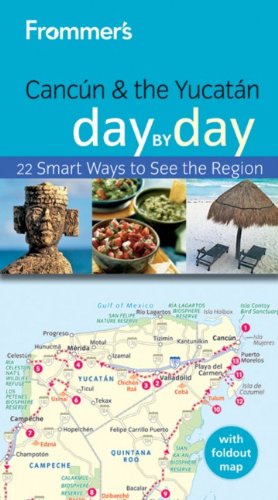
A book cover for Frommer's Cancun and the Yucatan Day by Day (Frommer's Day by Day - Pocket); Joy Hepp; Travel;